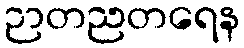
ဉာတညတရေန